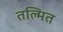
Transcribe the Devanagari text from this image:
तल्मित